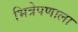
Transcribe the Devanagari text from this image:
भित्रेपणाला